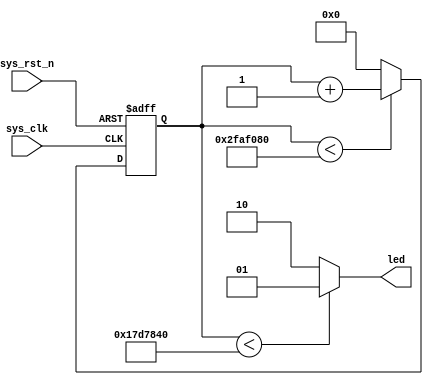
//****************************************Copyright (c)***********************************//
//www.yuanzige.com
//www.openedv.com
//http://openedv.taobao.com
//""ZYNQ & FPGA & STM32 & LINUX
//
//Copyright(C)  2018-2028
//All rights reserved
//----------------------------------------------------------------------------------------
// File name:           led_twinkle
// Last modified Date:  2019/4/14 10:55:56
// Last Version:        V1.0
// Descriptions:        LED
//----------------------------------------------------------------------------------------
// Created by:          
// Created date:        2019/4/14 10:55:56
// Version:             V1.0
// Descriptions:        The original version
//
//----------------------------------------------------------------------------------------
//****************************************************************************************//

module led_twinkle(
    input          sys_clk  ,  //
    input          sys_rst_n,  //

    output  [1:0]  led         //LED
);

//reg define
reg  [25:0]  cnt ;

//*****************************************************
//**                    main code
//*****************************************************

//LED
assign led = (cnt < 26'd2500_0000) ? 2'b01 : 2'b10 ;
//assign led = (cnt < 26'd5)         ? 2'b01 : 2'b10 ;  //

//0~5000_000
always @ (posedge sys_clk or negedge sys_rst_n) begin
    if(!sys_rst_n)
        cnt <= 26'd0;
    else if(cnt < 26'd5000_0000)
//  else if(cnt < 26'd10)  //
        cnt <= cnt + 1'b1;
    else
        cnt <= 26'd0;
end

endmodule